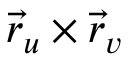
{ \vec { r } } _ { u } \times { \vec { r } } _ { v }